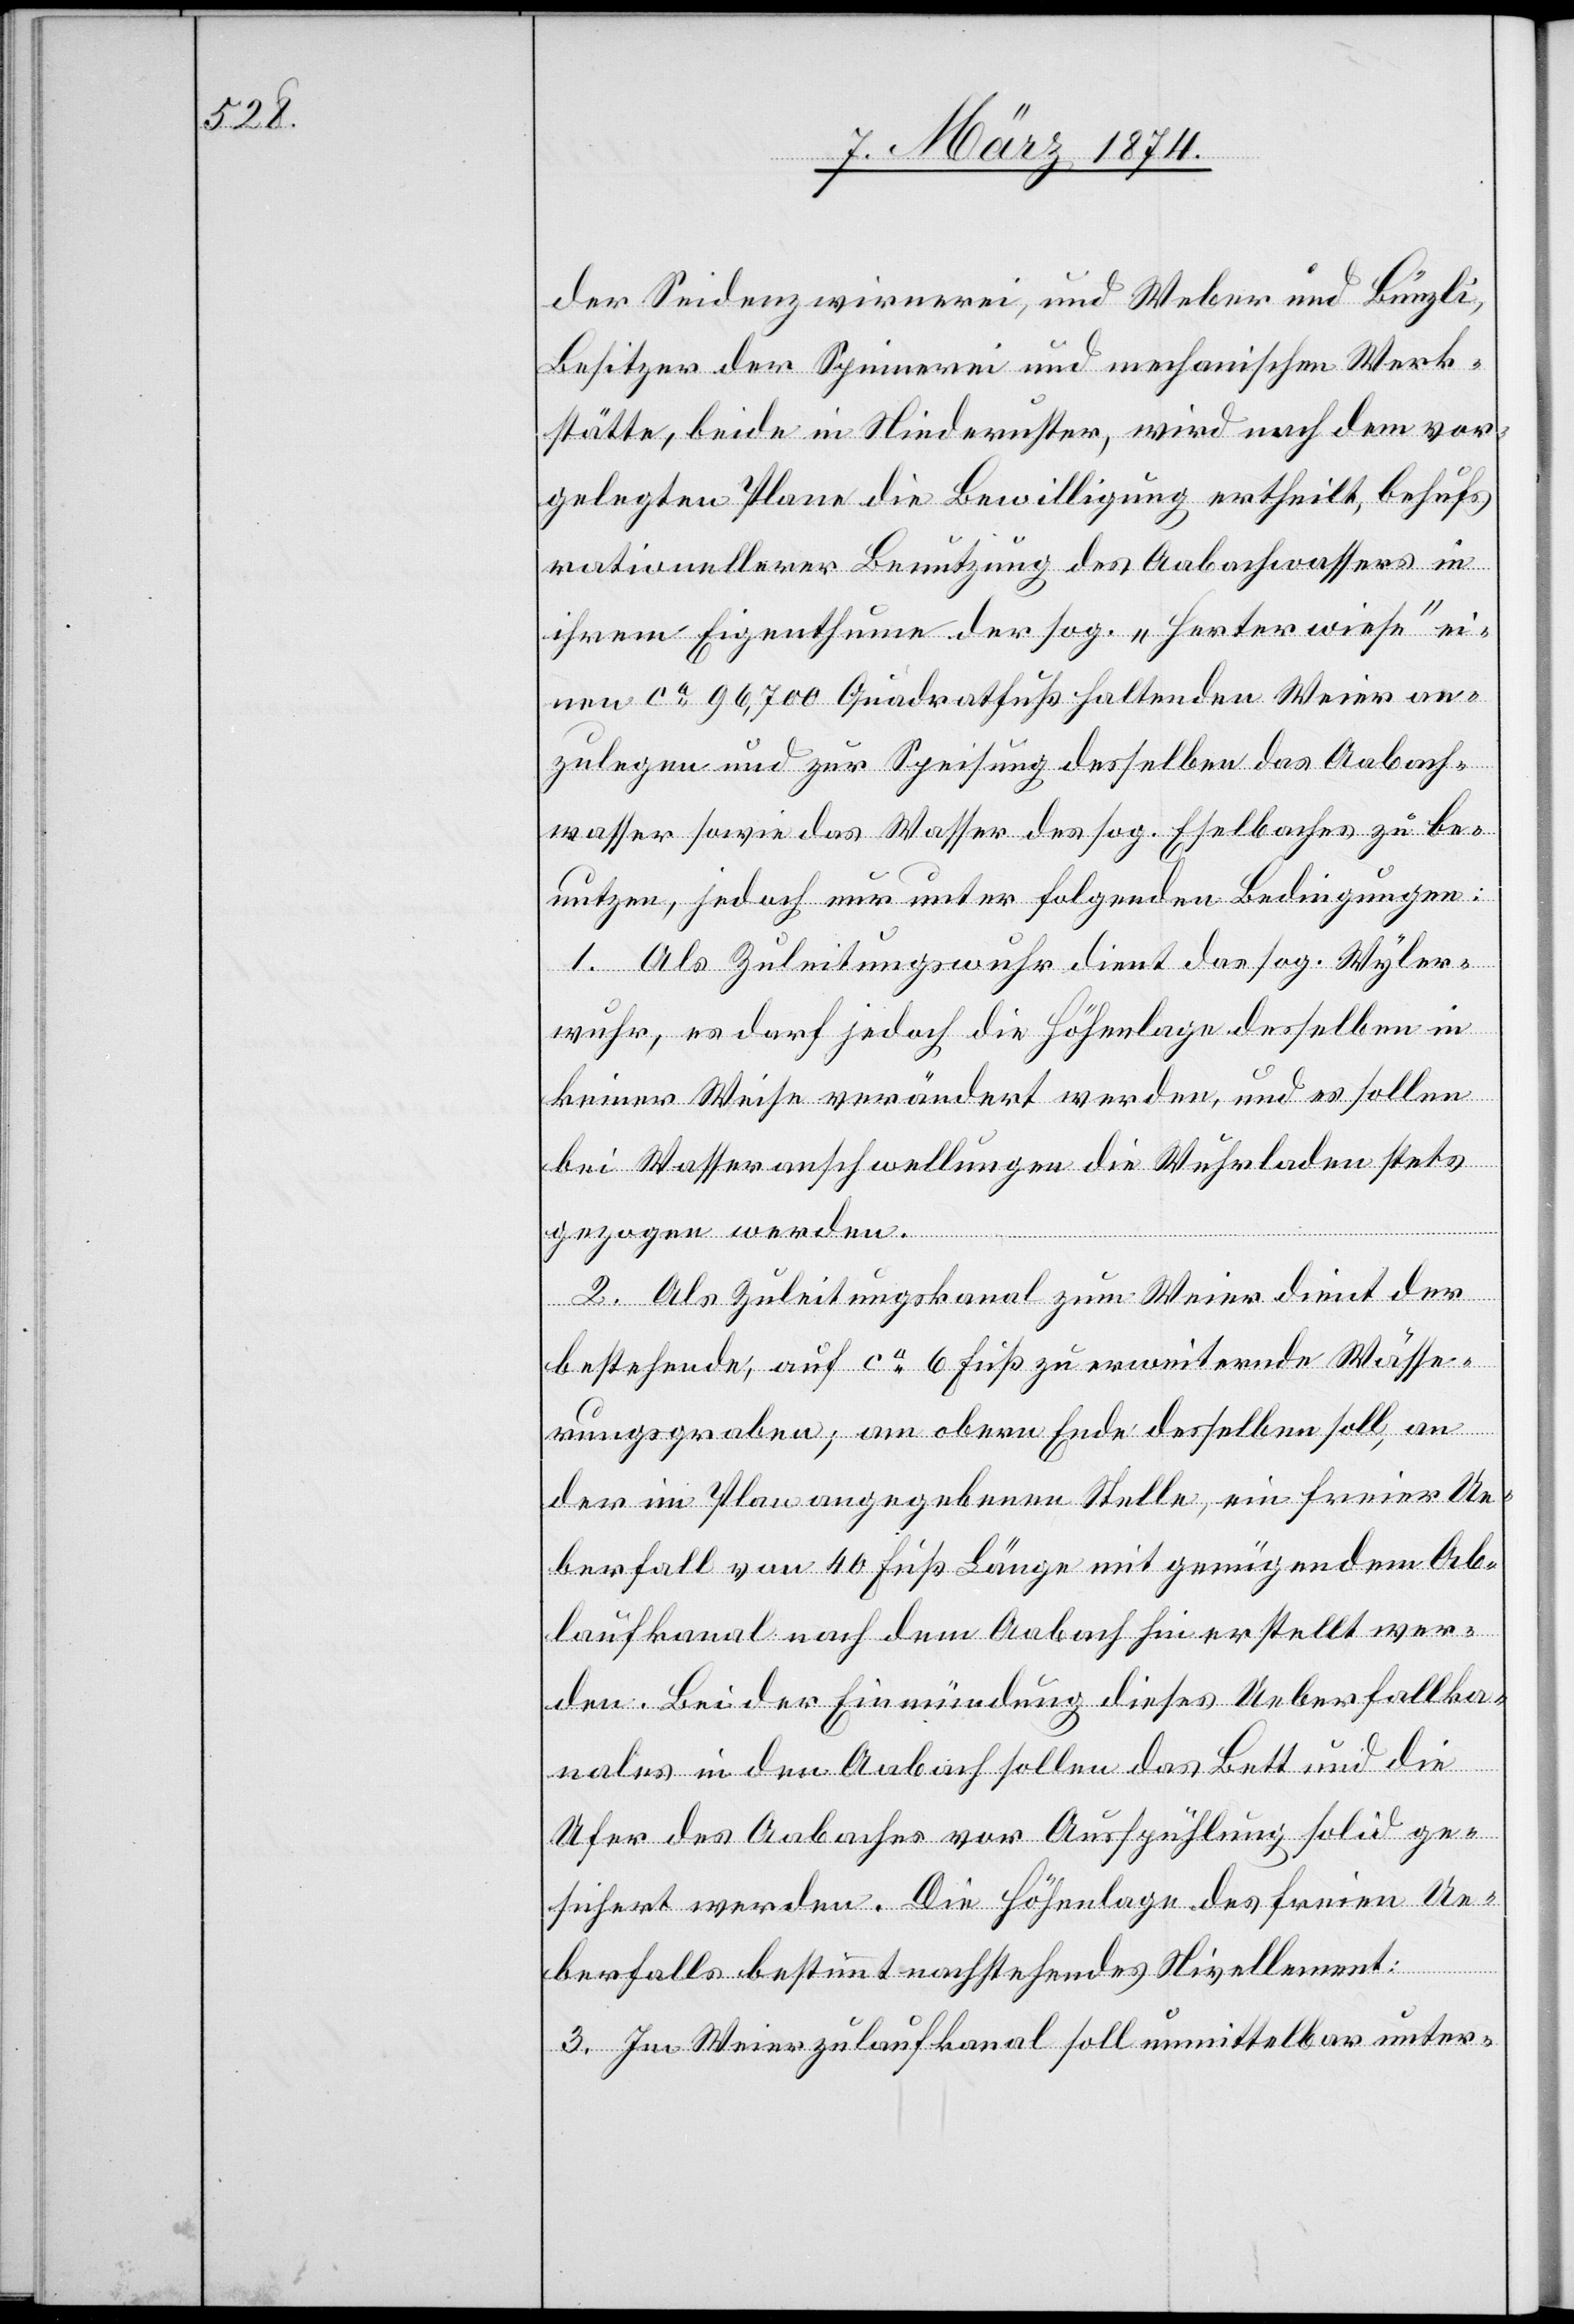
der Seidenzwirnerei, und Weber und Bünzli,
Besitzer der Spinnerei und mechanischen Werk¬
stätte, beide in Niederuster, wird nach dem vor¬
gelegten Plane die Bewilligung ertheilt, behufs
rationellerer Benutzung des Aabachwassers in
ihrem Eigenthume der sog. „Herterwiese“ ei¬
nen ca 96,700 Quadratfuß haltenden Weier an¬
zulegen und zur Speisung desselben das Aabach¬
wasser sowie das Wasser des sog. Eselbaches zu be¬
nutzen, jedoch nur unter folgenden Bedingungen:
1. Als Zuleitungswuhr dient das sog. Wyler¬
wuhr, es darf jedoch die Höhenlage desselben in
keiner Weise verändert werden, und es sollen
bei Wasseranschwellungen die Wuhrladen stets
gezogen werden.
2. Als Zuleitungskanal zum Weier dient der
bestehende, auf ca 6 Fuß zu erweiternde Wässe¬
rungsgraben; am obern Ende desselben soll, an
der im Plan angegebenen Stelle, ein freier Ue¬
berfall von 40 Fuß Länge mit genügendem Ab¬
laufkanal nach dem Aabach hin erstellt wer¬
den. Bei der Einmündung dieses Ueberfallka¬
nals in den Aabach sollen das Bett und die
Ufer des Aabaches vor Ausspühlung solid ge¬
sichert werden. Die Höhenlage des freien Ue¬
berfalls bestimmt nachstehendes Nivellement.
3. Im Weierzulaufkanal soll unmittelbar unter-